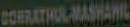
BOERATHOLMASHAL